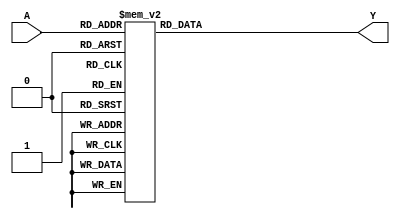


module truth_table ( A,Y);


input [4:0] A ; // A e' un vettore di 5 bit a5 -a4-a3- a2-a1

output Y; 

/*l'uscita deve essere 1 ai mintermini 1,2,3,4,7,8,11,13,14,16,
19,21,22,25,26,28,31*/


reg Y; 


always @(A) 
begin

case(A)

1,2,3,4,7,8,11,13,14,16,19,21,22,25,26,28,31 : Y<=1'b1;

default: Y<=1'b0;

endcase 





end 

endmodule